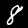
Digit: 8